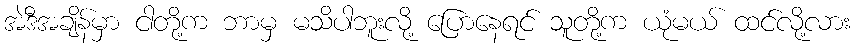
အဲဒီအချိန်မှာ ငါတို့က ဘာမှ မသိပါဘူးလို့ ပြောနေရင် သူတို့က ယုံမယ် ထင်လို့လား